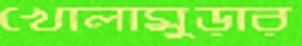
খোলামুড়ার